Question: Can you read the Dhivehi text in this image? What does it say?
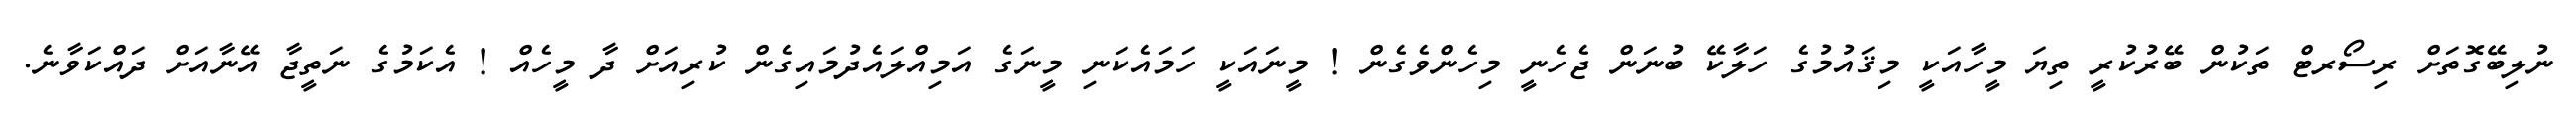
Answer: ނުލިބޭގޮތަށް ރިސޯރޓް ތަކުން ބޭރުކުރީ ތިޔަ މީހާއަކީ މިޤައުމުގެ ހަލާކޭ ބުނަން ޖެހެނީ މިހެންވެގެން ! މީނައަކީ ހަމައެކަނި މީނަގެ އަމިއްލައެދުމައިގެން ކުރިއަށް ދާ މީހެއް ! އެކަމުގެ ނަތީޖާ އޭނާއަށް ދައްކަވާނެ.